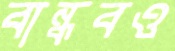
বান্ধবও